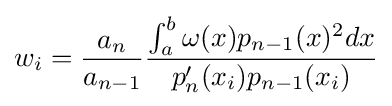
w_{i}={\frac {a_{n}}{a_{n-1}}}{\frac {\int _{a}^{b}\omega (x)p_{n-1}(x)^{2}dx}{p'_{n}(x_{i})p_{n-1}(x_{i})}}